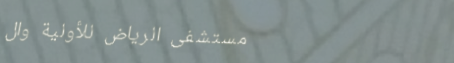
مستشفى الرياض للأولية وال